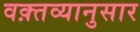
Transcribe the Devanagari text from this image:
वक़्तव्यानुसार